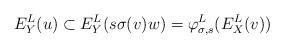
LaTeX: \begin{align*}E^L_Y(u) \subset E^L_Y(s\sigma(v)w) = \varphi^L_{\sigma, s}(E^L_X(v))\end{align*}